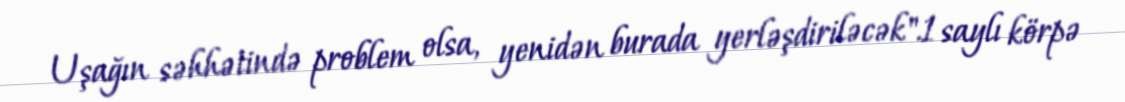
Uşağın səhhətində problem olsa, yenidən burada yerləşdiriləcək".1 saylı körpə